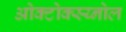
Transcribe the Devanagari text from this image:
ओक्टोक्स्य्नोल